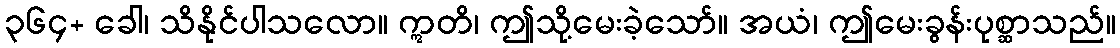
၃၆၄+ ခေါ၊ သိနိုင်ပါသလော။ ဣတိ၊ ဤသို့မေးခဲ့သော်။ အယံ၊ ဤမေးခွန်းပုစ္ဆာသည်။